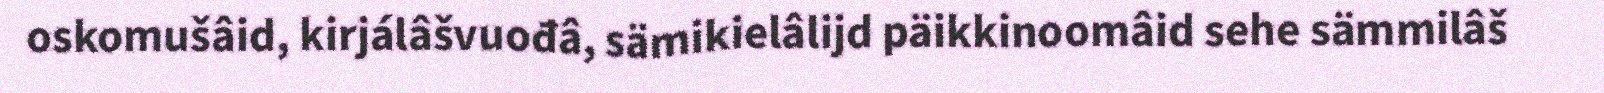
oskomušâid, kirjálâšvuođâ, sämikielâlijd päikkinoomâid sehe sämmilâš